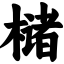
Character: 槠